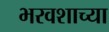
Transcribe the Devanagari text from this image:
भरवशाच्या